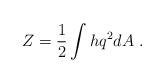
LaTeX: \begin{align*}Z = \frac{1}{2} \int h q^2 dA~.\end{align*}